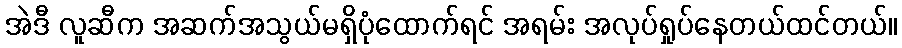
အဲဒီ လူဆီက အဆက်အသွယ်မရှိပုံထောက်ရင် အရမ်း အလုပ်ရှုပ်နေတယ်ထင်တယ်။